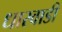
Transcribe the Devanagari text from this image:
धारवाडी